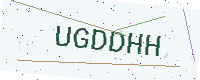
Text: UGDDHH